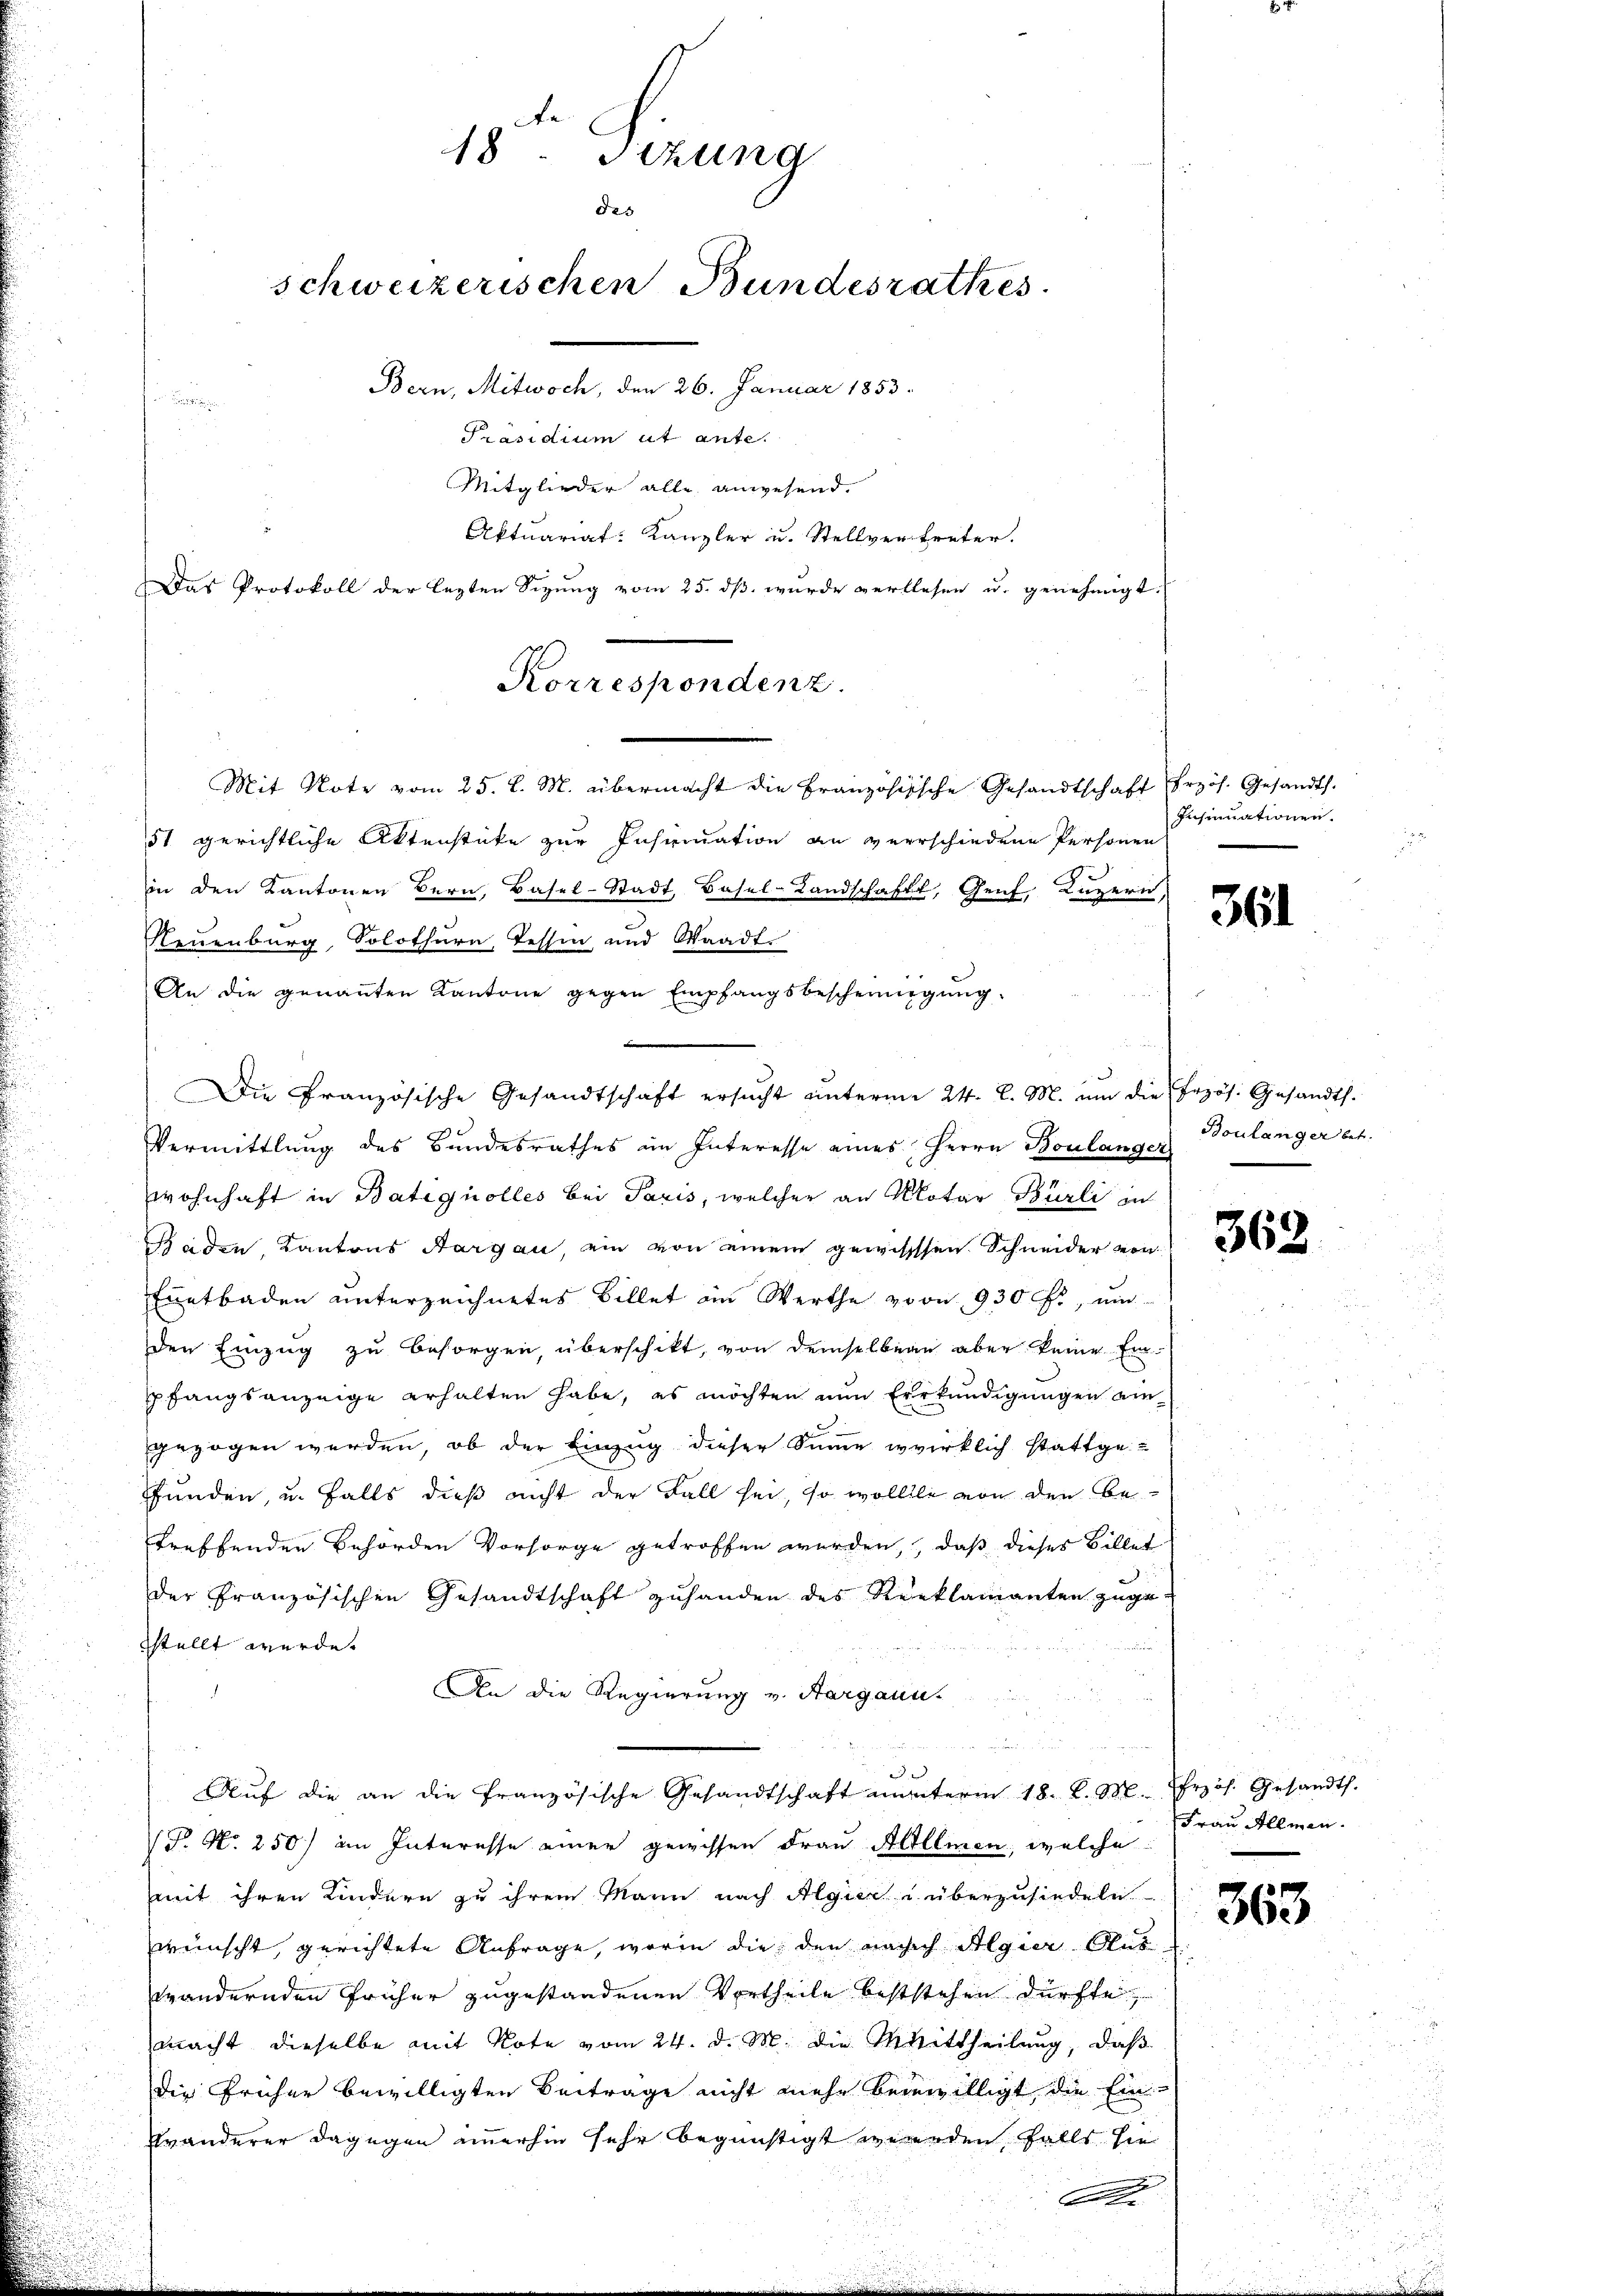
18ten Sitzung
des
schweizerischen Bundesrathes
Bern, Mitwoch, den 26. Januar 1853.

Präsidium ut ante.

Mitglieder alle anwesend.
Aktuariat-Kanzler u. Stellvertreter.
Das Protokoll der lezten Sizung vom 25. dß wurde verlesen u. genehmigt.
Mit Note vom 25. d. M. übermacht die Französische Gesandtschaft Erzös. Gesandts.
51 gerichtliche Aktenstücke zur Insrmation an verrschiedene Personen
in den Kantonen Bern, Basel-Stadt, Basel-Landschaft, Genf, Luzern,
Neuenburg, Solothurn, Tessin und Waadt.
An die genannten Kantone gegen Empfangsbescheinigŭng
m
Die Französische Gesandtschaft ersucht unterm 24. l. M. um die Erzös. Gesandth.
Vermittlung des Bundesrathes im Interesse eines Herrn Boulanger Boulanger bet
wohnhaft in Batiquolles bei Paris, welcher an Notar Bürli in
Baden, Kantons Aargau, ein von einem gewissen Schneider von
Enntbaden unterzeichnetes Billet an Werthe von 930 f., mi
den Einzug zu besorgen, überschikt, von demselben aber keine Ein-
pfangsanzeige erhalten habe, es möchten nun Erkundigungen eingezogen werden, ob der Einzug dieser Summe wirklich stattge-
funden, u. falls dieß nicht der Fall sei, so wollte von den Betreffenden Behörden Vorsorge getroffen werden, daß dieses Billet
der Französischen Gesandtschaft zuhanden des Reklamanten zuge-
stellt werde.
An die Regierung v. Aargaui¬
u
Auf die an die französische Gesandtschaft munterm 18. d. M. frzös. Gesandt.
(T. N. 250) im Interesse einer gewissen Frau Allmen, welche
mit ihren Kindern zu ihrem Mann nach Algier u. überzusiedeln
wünscht, gerichtete Anfrage, worin die den nach Algier Aus
wändernden früher zugestandenen Vortheile beststehen dürfte,
macht dieselbe mit Note vom 24. d. M. die Mittheilung, daß
die Früher bewilligten Beitrage nicht mehr beiwilligt, die Ein-
Eränderer dagegen immerhin sehr begünstigt werden, falls sie
A

Korrespondenz.

Insinuationen.

u

361

362

Frau Allmen.

363